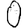
Digit: 0